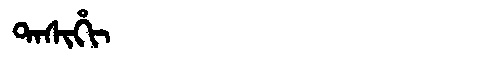
Manchu: ᡨᠠᠰᡳᡥᡳ
Romanization: TASIHI